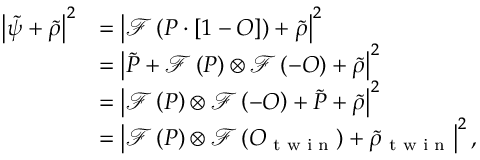
\begin{array} { r l } { \left| \tilde { \psi } + \tilde { \rho } \right| ^ { 2 } } & { = \left| \mathcal { F } \left( P \cdot \left[ 1 - O \right] \right) + \tilde { \rho } \right| ^ { 2 } } \\ & { = \left| \tilde { P } + \mathcal { F } \left( P \right) \otimes \mathcal { F } \left( - O \right) + \tilde { \rho } \right| ^ { 2 } } \\ & { = \left| \mathcal { F } \left( P \right) \otimes \mathcal { F } \left( - O \right) + \tilde { P } + \tilde { \rho } \right| ^ { 2 } } \\ & { = \left| \mathcal { F } \left( P \right) \otimes \mathcal { F } \left( O _ { \textrm { t w i n } } \right) + \tilde { \rho } _ { \textrm { t w i n } } \right| ^ { 2 } , } \end{array}